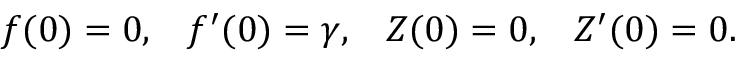
f ( 0 ) = 0 , \; \; \; f ^ { \prime } ( 0 ) = \gamma , \; \; \; Z ( 0 ) = 0 , \; \; \; Z ^ { \prime } ( 0 ) = 0 .